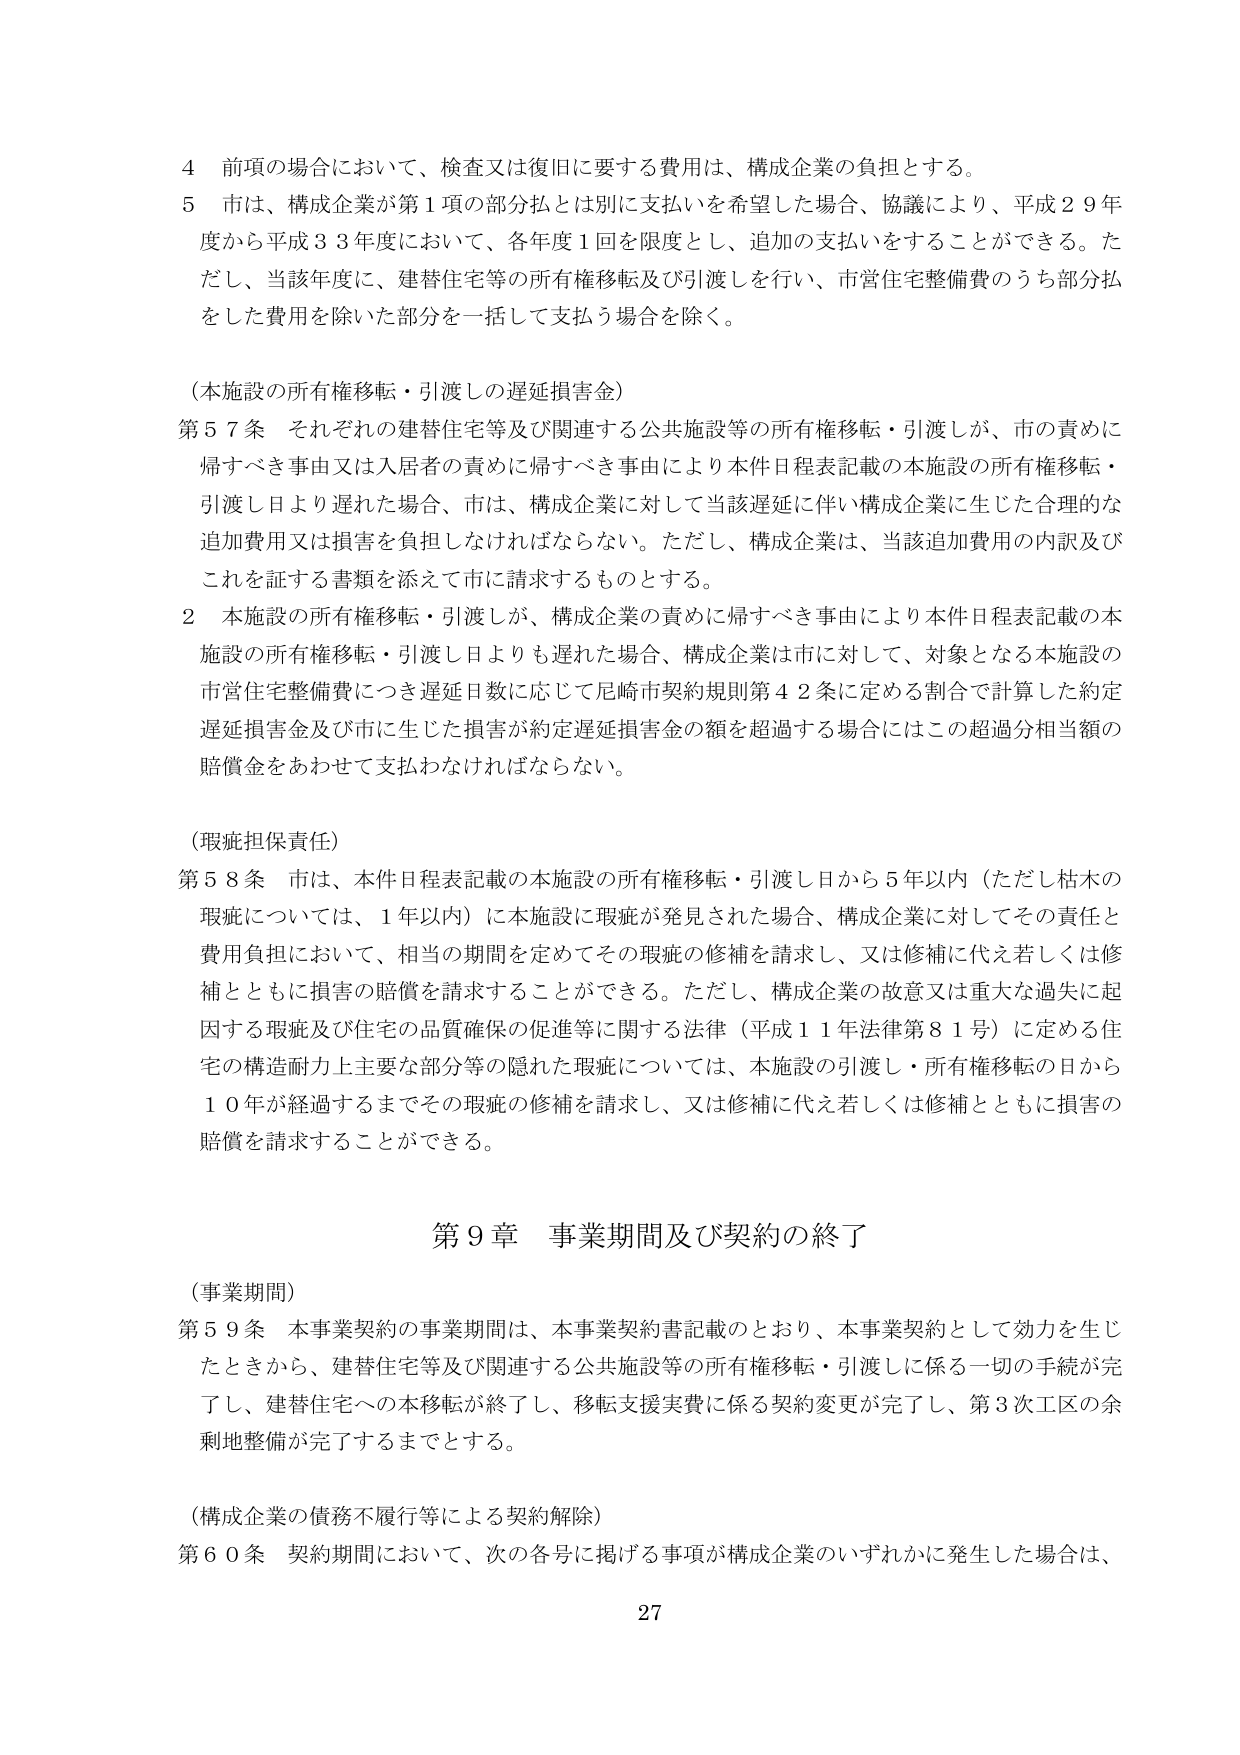
4 前項の場合において、検査又は復旧に要する費用は、構成企業の負担とする。

5 市は、構成企業が第1項の部分払とは別に支払いを希望した場合、協議により、平成29年度から平成33年度において、各年度1回を限度とし、追加の支払いをすることができる。ただし、当該年度に、建替住宅等の所有権移転及び引渡しを行い、市営住宅整備費のうち部分払をした費用を除いた部分を一括して支払う場合を除く。

（本施設の所有権移転・引渡しの遅延損害金）

第57条 それぞれの建替住宅等及び関連する公共施設等の所有権移転・引渡しが、市の責めに帰すべき事由又は入居者の責めに帰すべき事由により本件日程表記載の本施設の所有権移転・引渡し日より遅れた場合、市は、構成企業に対して当該遅延に伴い構成企業に生じた合理的な追加費用又は損害を負担しなければならない。ただし、構成企業は、当該追加費用の内訳及びこれを証する書類を添えて市に請求するものとする。

2 本施設の所有権移転・引渡しが、構成企業の責めに帰すべき事由により本件日程表記載の本施設の所有権移転・引渡し日よりも遅れた場合、構成企業は市に対して、対象となる本施設の市営住宅整備費につき遅延日数に応じて尼崎市契約規則第42条に定める割合で計算した約定遅延損害金及び市に生じた損害が約定遅延損害金の額を超過する場合にはこの超過分相当額の賠償金をあわせて支払わなければならない。

（瑕疵担保責任）

第58条 市は、本件日程表記載の本施設の所有権移転・引渡し日から5年以内（ただし枯木の瑕疵については、1年以内）に本施設に瑕疵が発見された場合、構成企業に対してその責任と費用負担において、相当の期間を定めてその瑕疵の修補を請求し、又は修補に代え若しくは修補とともに損害の賠償を請求することができる。ただし、構成企業の故意又は重大な過失に起因する瑕疵及び住宅の品質確保の促進等に関する法律（平成11年法律第81号）に定める住宅の構造耐力上主要な部分等の隠れた瑕疵については、本施設の引渡し・所有権移転の日から10年が経過するまでその瑕疵の修補を請求し、又は修補に代え若しくは修補とともに損害の賠償を請求することができる。

第9章 事業期間及び契約の終了

（事業期間）

第59条 本事業契約の事業期間は、本事業契約書記載のとおり、本事業契約として効力を生じたときから、建替住宅等及び関連する公共施設等の所有権移転・引渡しに係る一切の手続が完了し、建替住宅への本移転が終了し、移転支援実費に係る契約変更が完了し、第3次工区の余剰地整備が完了するまでとする。

（構成企業の債務不履行等による契約解除）

第60条 契約期間において、次の各号に掲げる事項が構成企業のいずれかに発生した場合は、

27